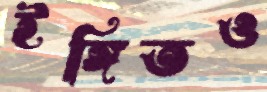
ইঙ্গিতও